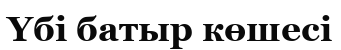
Үбі батыр көшесі